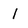
Character: 1